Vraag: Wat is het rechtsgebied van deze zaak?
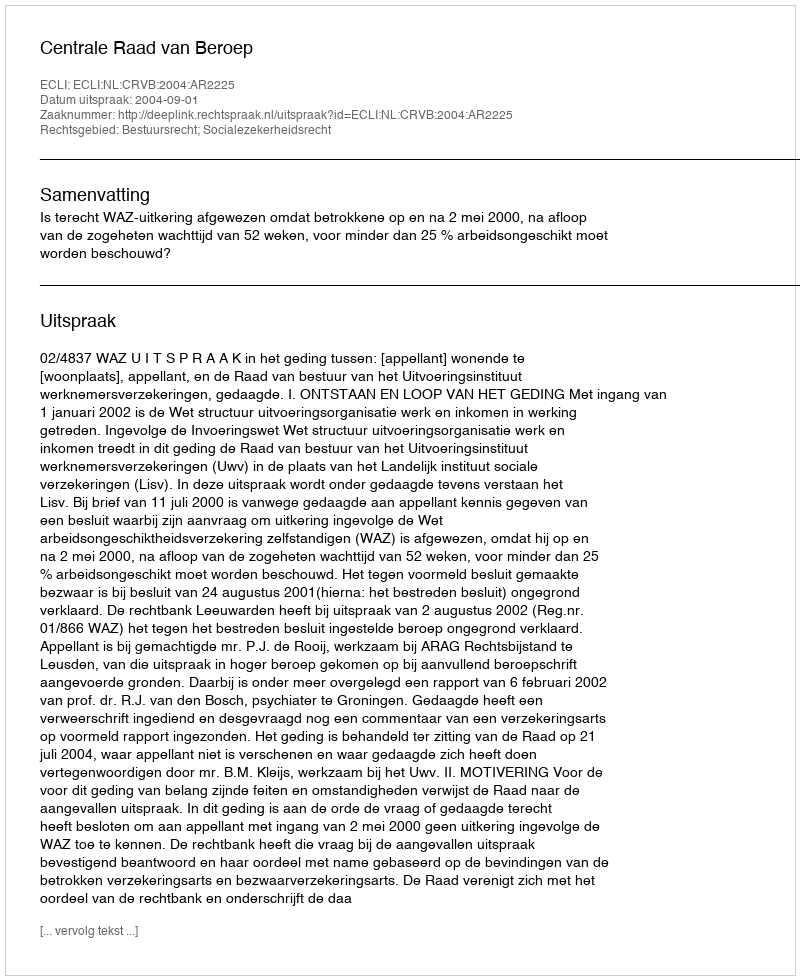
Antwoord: Bestuursrecht; Socialezekerheidsrecht